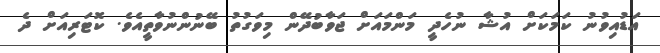
އަޑުއިވުނު ކަމަކަށް އުޝާ ނުހެދީ މަންމައަށް ޖަވާބުދޭން މިވަގުތު ބޭނުންނުވާތީއެވެ. ކޮޓަރިއަށް ދެ